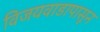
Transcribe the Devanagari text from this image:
विजयवाडापासून